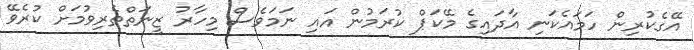
އޭގެކުރިން ހަމައެކަނި އާދައިގެ މޭކަޕް ކުރަމުން އައި ނަމަވެސް މިހާރު ޒީނަތްތެރިވުމަށް ކުރެވޭ